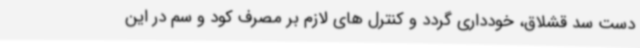
دست سد قشلاق، خودداری گردد و کنترل های لازم بر مصرف کود و سم در این